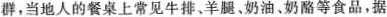
群，当地人的餐桌上常见牛排、羊腿、奶油、奶酪等食品，据